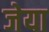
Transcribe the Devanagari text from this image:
जेया